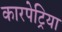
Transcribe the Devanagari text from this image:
कारपेट्रिया